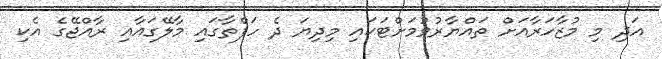
އަދި މި މުޒާހަރާއަށް ތައްޔާރުވުމަށްޓަކައި މިދިޔަ ދެ ހަފްތާގައި މާލޭގައާއި ރާއްޖޭގެ އެކި